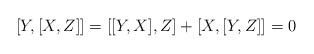
LaTeX: \begin{align*}[Y,[X,Z]] = [[Y,X],Z] + [X,[Y,Z]] = 0\end{align*}